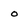
Character: o